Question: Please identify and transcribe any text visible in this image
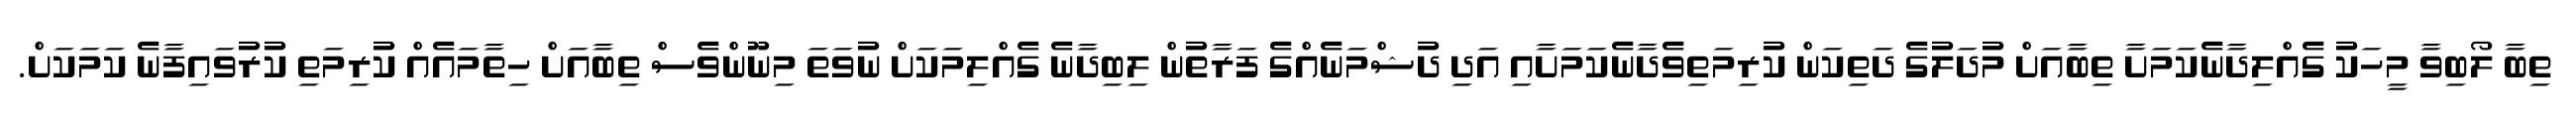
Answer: ތިބާ ލޯބިވާ މީހަކު ގެއްލިދާނެކަމަށާ ތިބާއަށް މުދަލުގެ ދަތިކަން ކުރިމަތިވެދާނެކަމަށާއި އަދި ދުޝްމަނެއްގެ ފަރާތުން ލިބިދާނެ ގެއްލިމަކަށް ނުވަތަ މިނޫންވެސް ތިބާއަށް ހިތާމައެއް ކުރިމަތި ކުރުވައިފާނެ ކަމަކަށް.